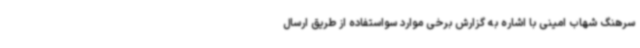
سرهنگ شهاب امینی با اشاره به گزارش برخی موارد سواستفاده از طریق ارسال